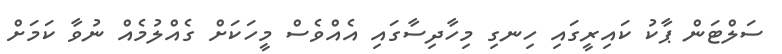
ސަލްޓަން ޕާކު ކައިރީގައި ހިނގި މިހާދިސާގައި އެއްވެސް މީހަކަށް ގެއްލުމެއް ނުވާ ކަމަށް